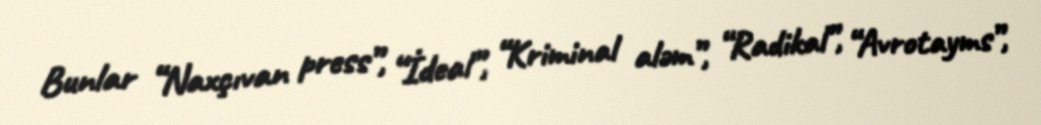
Bunlar “Naxçıvan press”, “İdeal”, “Kriminal aləm”, “Radikal”, “Avrotayms”,